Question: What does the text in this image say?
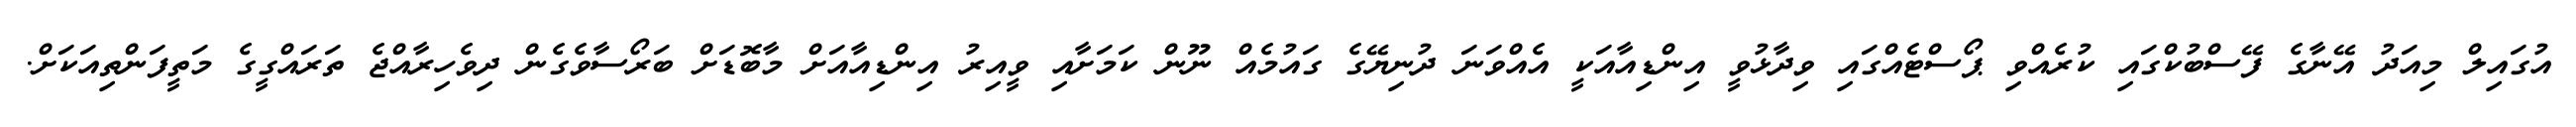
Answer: އުގައިލް މިއަދު އޭނާގެ ފޭސްބުކްގައި ކުރެއްވި ޕޯސްޓެއްގައި ވިދާޅުވީ އިންޑިއާއަކީ އެއްވަނަ ދުނިޔޭގެ ގައުމެއް ނޫން ކަމަށާއި ވީއިރު އިންޑިއާއަށް މާބޮޑަށް ބަރޯސާވެގެން ދިވެހިރާއްޖެ ތަރައްގީގެ މަތީފަންތިއަކަށް.